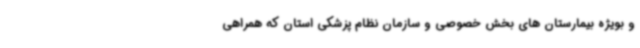
و بویژه بیمارستان های بخش خصوصی و سازمان نظام پزشکی استان که همراهی